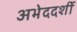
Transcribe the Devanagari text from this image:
अभेददर्शी